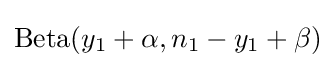
\mathrm {Beta} (y_{1}+\alpha ,n_{1}-y_{1}+\beta )